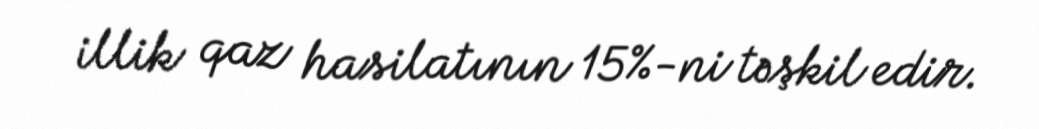
illik qaz hasilatının 15%-ni təşkil edir.